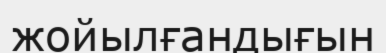
жойылғандығын